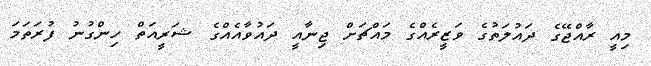
މިއީ ރާއްޖޭގެ ދައުލަތުގެ ވަޒީރެއްގެ މައްޗަށް ޖިނާއީ ދައުވާއެއްގެ ޝަރީއަތް ހިންގުނު ފުރަތަމަ